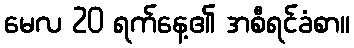
မေလ 20 ရက်နေ့၏ အစီရင်ခံစာ။